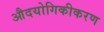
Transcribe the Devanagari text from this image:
औदयोगिकीकरण